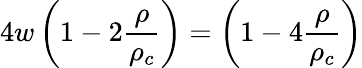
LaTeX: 4w\left(1-2\frac{\rho}{\rho_{c}}\right)=\left(1-4\frac{\rho}{\rho_{c}}\right)